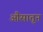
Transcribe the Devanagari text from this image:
औसातून